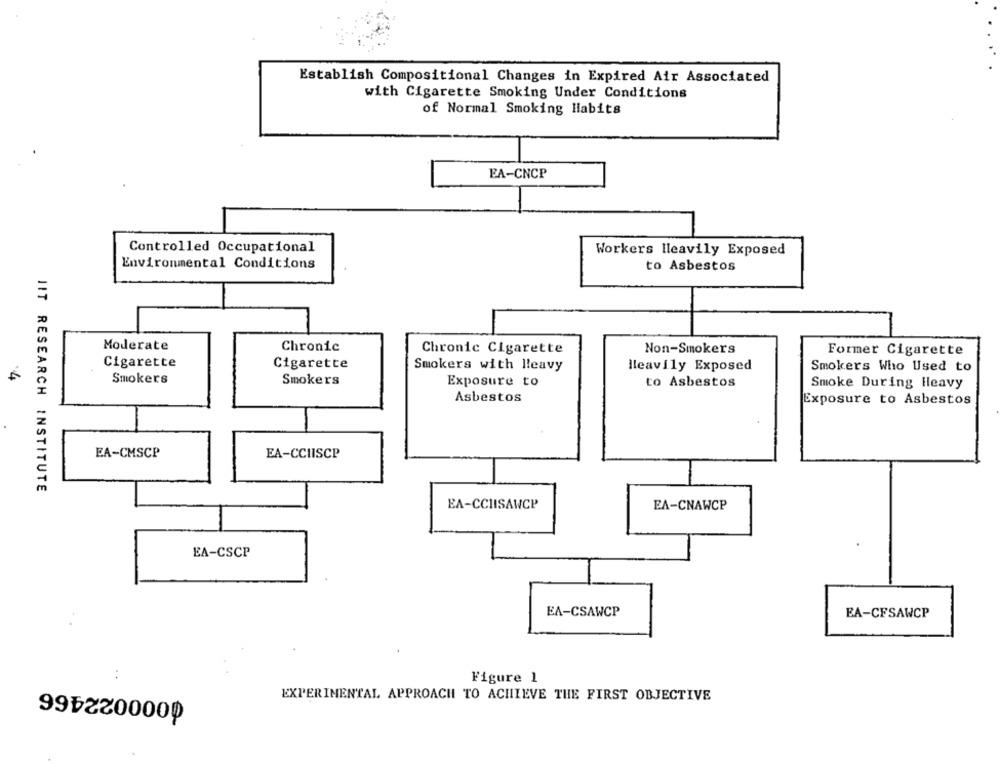
Establish Compositional Changes in Expired Air Associated
with Cigarette Smoking Under Conditions
of Normal Smoking Habits
EA-CNCP
Controlled Occupational
Workers Heavily Exposed
Environmental Conditions
to Asbestos
Moderate
Chronic
Chronic Cigarette
Non-Smokers
Former Cigarette
Cigarette
Cigarette
Smokers with lleavy
Heavily Exposed
Smokers Who Used to
Smokers
Smokers
Exposure to
to Asbestos
Smoke During Heavy
Asbestos
Exposure to Asbestos
EA-CMSCP
EA-CCHISCP
IIT RESEARCH INSTITUTE
EA-CCHISAWCP
EA-CNAWCP
EA-CSCP
EA-CSAWCP
EA-CFSAWCP
..
Figure 1
0000022466
EXPERIMENTAL APPROACH TO ACHIEVE THE FIRST OBJECTIVE